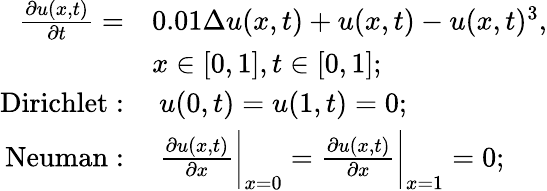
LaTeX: \begin{array}{rl}{\frac{\partial u(x,t)}{\partial t}=}&{0.01\Delta u(x,t)+u(x,t)-u(x,t)^{3},}\\ &{x\in[0,1],t\in[0,1];}\\ {\operatorname{Dirichlet:}}&{\ u(0,t)=u(1,t)=0;}\\ {\operatorname{Neuman:}}&{\ \frac{\partial u(x,t)}{\partial x}\bigg|_{x=0}=\frac{\partial u(x,t)}{\partial x}\bigg|_{x=1}=0;}\end{array}